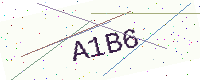
Text: A1B6